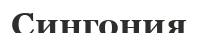
Сингония